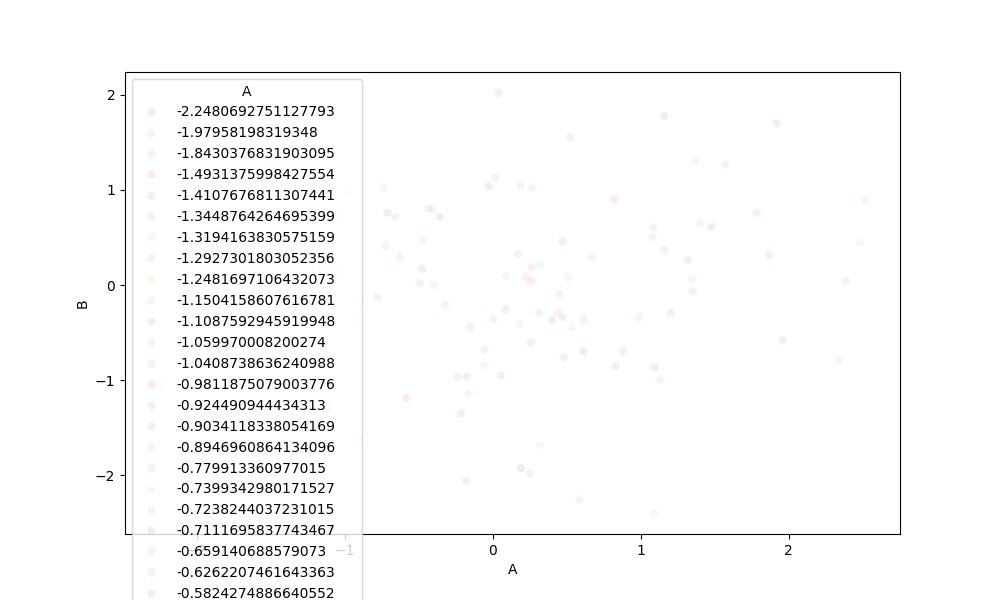
python, seaborn, scatterplot, hue='A', style='None', size='None', palette='deep', alpha=0.1